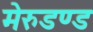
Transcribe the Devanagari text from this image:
मेरुडण्ड